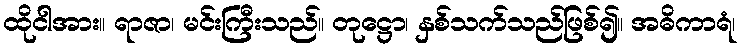
ထိုငါအား။ ရာဇာ၊ မင်းကြီးသည်။ တုဋ္ဌော၊ နှစ်သက်သည်ဖြစ်၍။ အဓိကာရံ၊